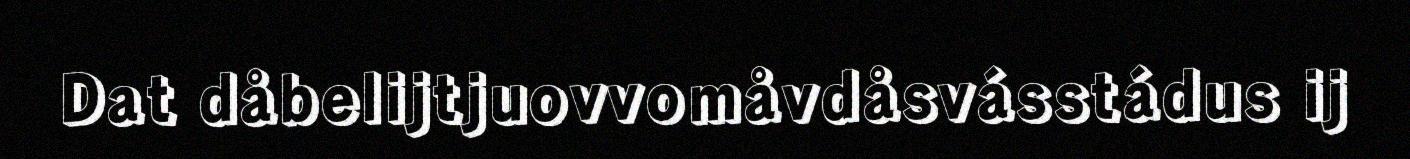
Dat dåbelijtjuovvomåvdåsvásstádus ij